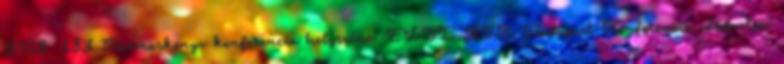
3508 183 Hármaskönyv konferencia helyszíne: ELTE ÁJK Budapest Konferencia időpontja: